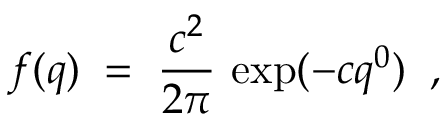
f ( q ) \; = \; \frac { c ^ { 2 } } { 2 \pi } \, \exp ( - c q ^ { 0 } ) \; \; ,